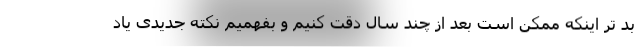
بد تر اینکه ممکن است بعد از چند سال دقت کنیم و بفهمیم نکته جدیدی یاد